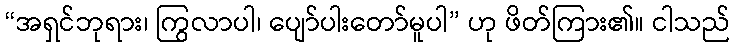
“အရှင်ဘုရား၊ ကြွလာပါ၊ ပျော်ပါးတော်မူပါ” ဟု ဖိတ်ကြား၏။ ငါသည်